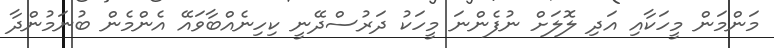
މަންމަން މީހަކާއި އަދި ލޮލަށް ނުފެންނަ މީހަކު ދަރުސްދޭނީ ކިހިނެއްބާވައޭ އެންމެން ބުނަމުންދާ